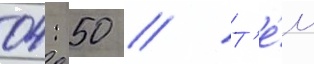
04: 50 // Т'е́м